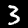
Digit: 3